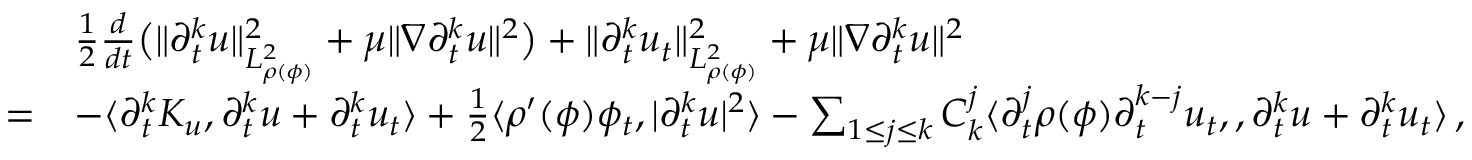
\begin{array} { r l } & { \frac { 1 } { 2 } \frac { d } { d t } \big ( \| \partial _ { t } ^ { k } u \| _ { L _ { \rho ( \phi ) } ^ { 2 } } ^ { 2 } + \mu \| \nabla \partial _ { t } ^ { k } u \| ^ { 2 } \big ) + \| \partial _ { t } ^ { k } u _ { t } \| _ { L _ { \rho ( \phi ) } ^ { 2 } } ^ { 2 } + \mu \| \nabla \partial _ { t } ^ { k } u \| ^ { 2 } } \\ { = } & { - \langle \partial _ { t } ^ { k } K _ { u } , \partial _ { t } ^ { k } u + \partial _ { t } ^ { k } u _ { t } \rangle + \frac { 1 } { 2 } \langle \rho ^ { \prime } ( \phi ) \phi _ { t } , | \partial _ { t } ^ { k } u | ^ { 2 } \rangle - \sum _ { 1 \leq j \leq k } C _ { k } ^ { j } \langle \partial _ { t } ^ { j } \rho ( \phi ) \partial _ { t } ^ { k - j } u _ { t } , , \partial _ { t } ^ { k } u + \partial _ { t } ^ { k } u _ { t } \rangle \, , } \end{array}